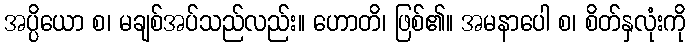
အပ္ပိယော စ၊ မချစ်အပ်သည်လည်း။ ဟောတိ၊ ဖြစ်၏။ အမနာပေါ စ၊ စိတ်နှလုံးကို